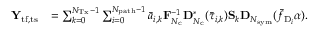
\begin{array} { r l } { \mathbf { Y } _ { \mathrm { t f , t s } } } & { = \sum _ { k = 0 } ^ { N _ { \mathrm { T x } } - 1 } \sum _ { i = 0 } ^ { N _ { \mathrm { p a t h } } - 1 } \bar { a } _ { i , k } \mathbf { F } _ { N _ { \mathrm { c } } } ^ { - 1 } \mathbf { D } _ { N _ { \mathrm { c } } } ^ { * } ( \bar { \tau } _ { i , k } ) \mathbf { S } _ { k } \mathbf { D } _ { N _ { \mathrm { s y m } } } ( \bar { f } _ { \mathrm { D } _ { i } } \alpha ) . } \end{array}